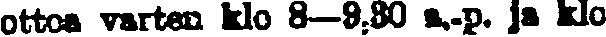
ottoa varten klo 8—9,30 a.p. ja klo